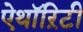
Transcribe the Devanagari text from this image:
ऐथॉऱिटी